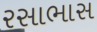
રસાભાસ